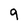
Character: 9